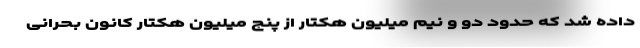
داده شد که حدود دو و نیم میلیون هکتار از پنج میلیون هکتار کانون بحرانی